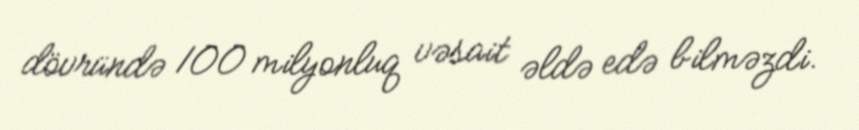
dövründə 100 milyonluq vəsait əldə edə bilməzdi.